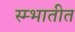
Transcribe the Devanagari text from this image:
स्म्भातीत